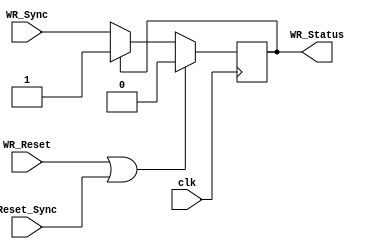
`timescale 1ns/1ps

module Walk_Register(clk, WR_Reset, Reset_Sync, WR_Sync, WR_Status);
  
  input clk, WR_Reset, Reset_Sync, WR_Sync;
  output reg WR_Status = 0 ;
  
  
  always @ (posedge clk)
    
    begin
      
      WR_Status <= (WR_Reset ||Reset_Sync) ? 0: WR_Status ? WR_Status : WR_Sync;
  
    end
  
  
endmodule